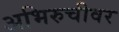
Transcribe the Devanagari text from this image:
अभिरुचीवर